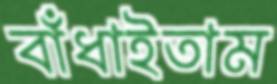
বাঁধাইতাম